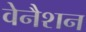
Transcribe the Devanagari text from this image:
वेनैशन